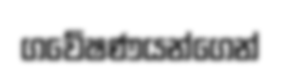
ගවේෂණයන්ගෙන්